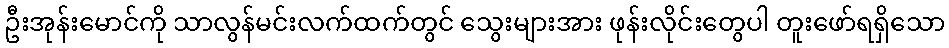
ဦးအုန်းမောင်ကို သာလွန်မင်းလက်ထက်တွင် သွေးများအား ဖုန်းလိုင်းတွေပါ တူးဖော်ရရှိသော